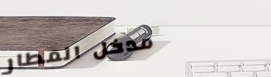
مدخل المطار